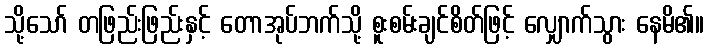
သို့သော် တဖြည်းဖြည်းနှင့် တောအုပ်ဘက်သို့ စူးစမ်းချင်စိတ်ဖြင့် လျှောက်သွား နေမိ၏။